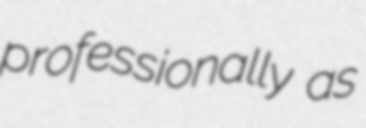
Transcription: professionally as